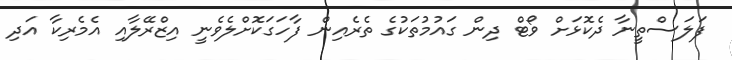
ފަލަސްތީނާ ދެކޮޅަށް ވޯޓް ދިން ގައުމުތަކުގެ ތެރެއިން ފާހަގަކޮށްލެވެނީ އިޒްރޭލާއި އެމެރިކާ އަދި